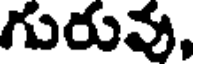
గురువు,